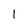
Character: 1